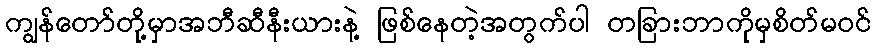
ကျွန်တော်တို့မှာအဘီဆီနီးယားနဲ့ ဖြစ်နေတဲ့အတွက်ပါ တခြားဘာကိုမှစိတ်မဝင်